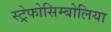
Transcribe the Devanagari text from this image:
स्ट्रेफोसिम्बोलिया